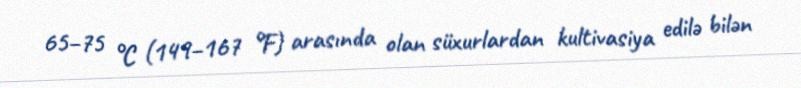
65–75 °C (149–167 °F) arasında olan süxurlardan kultivasiya edilə bilən